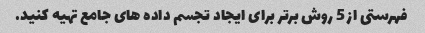
فهرستی از 5 روش برتر برای ایجاد تجسم داده های جامع تهیه کنید.